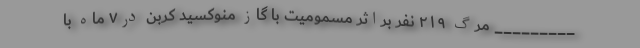
_________ مرگ ۲۱۹ نفر براثر مسمومیت با گاز منوکسید کربن در۷ ماه با